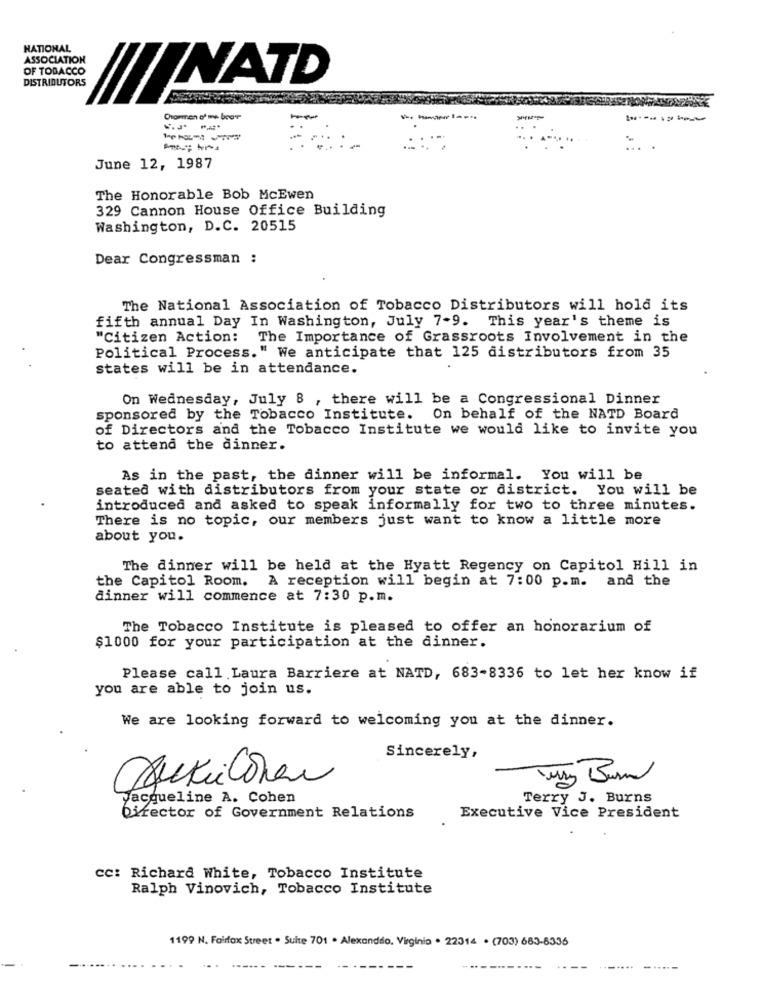
NATIONAL
ASSOCIATION
OF TOBACCO
NATD
DISTRIBUTORS
----
:-
....
June 12, 1987
The Honorable Bob McEwen
329 Cannon House Office Building
Washington, D.C. 20515
Dear Congressman :
The National Association of Tobacco Distributors will hold its
fifth annual Day In Washington, July 7-9. This year's theme is
"Citizen Action:
The Importance of Grassroots Involvement in the
Political Process." We anticipate that 125 distributors from 35
states will be in attendance.
On Wednesday, July 8 , there will be a Congressional Dinner
sponsored by the Tobacco Institute. On behalf of the NATD Board
of Directors and the Tobacco Institute we would like to invite you
to attend the dinner.
As in the past, the dinner will be informal. You will be
seated with distributors from your state or district. You will be
introduced and asked to speak informally for two to three minutes.
There is no topic, our members just want to know a little more
about you.
The dinner will be held at the Hyatt Regency on Capitol Hill in
the Capitol Room. A reception will begin at 7:00 p.m. and the
dinner will commence at 7:30 p.m.
The Tobacco Institute is pleased to offer an honorarium of
$1000 for your participation at the dinner.
Please call.Laura Barriere at NATD, 683-8336 to let her know if
you are able to join us.
We are looking forward to welcoming you at the dinner.
Sincerely,
Jacqueline A. Cohen
Terry J. Burns
Director of Government Relations
Executive Vice President
cc: Richard White, Tobacco Institute
Ralph Vinovich, Tobacco Institute
1199 N. Fairfax Street . Suite 701 . Alexanddo, Virginia . 22314 · (703) 683-8336
---